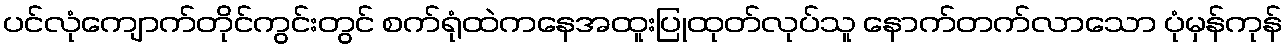
ပင်လုံကျောက်တိုင်ကွင်းတွင် စက်ရုံထဲကနေအထူးပြုထုတ်လုပ်သူ နောက်တက်လာသော ပုံမှန်ကုန်